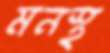
মনস্থ